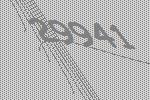
29941